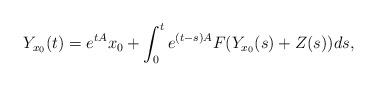
LaTeX: \begin{align*}Y_{x_0}(t)=e^{tA}x_0+\int_0^t e^{(t-s)A}F(Y_{x_0}(s)+Z(s))ds,\end{align*}